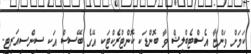
ކަމަށް ވަންޏާ އެސްޓެބްލިޝް ވާ ބޮންޑަކީ ކޮންޓްރެކްޓަކީ އޭގެ ބޭސިސް އަކީ ސިންސިއަރިޓީ.